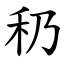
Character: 䄧